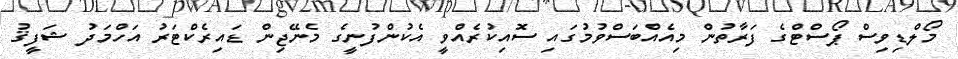
މޯލްޑިވިސް ޕޯސްޓްގެ ފަރާތުން މިއެއްބަސްވުމުގައި ސޮއިކުރެއްވީ އެކުންފުނީގެ މެނޭޖިން ޑައިރެކްޓަރު އަހްމަދު ޝަފީޤު